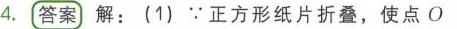
4. **答案** 解：(1) \(\because\)正方形纸片折叠，使点\(O\)